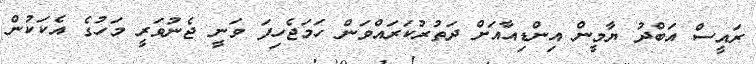
ރައީސް އަބްދު ޔާމީން އިންޑިއާއަށް ދަތުރުކަރައްވަން ހަމަޖެހިފަ ވަނީ ޖެނުވަރީ މަހުގެ އެކަކުން